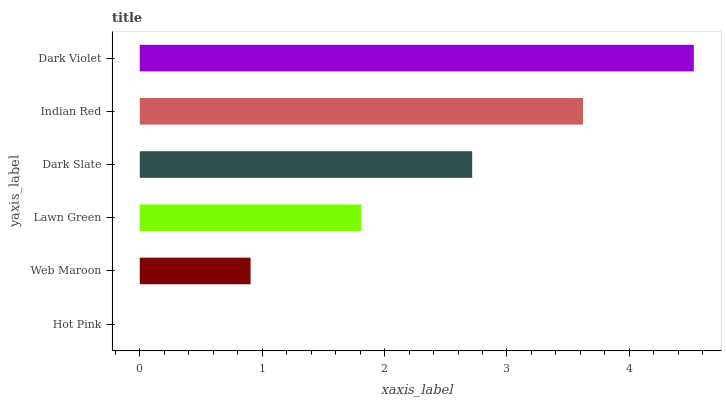
| yaxis_label | bars |
 | --- | --- |
 | Hot Pink | 0 |
 | Web Maroon | 0.905 |
 | Lawn Green | 1.81 |
 | Dark Slate | 2.72 |
 | Indian Red | 3.62 |
 | Dark Violet | 4.53 |